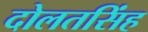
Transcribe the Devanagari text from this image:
दोलतसिंह